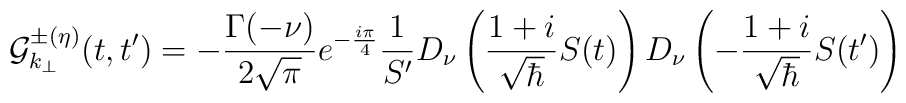
{\cal{G}}_{k_\perp}^{\pm(\eta)}(t,t^\prime) = - {\Gamma(-\nu) \over 2  \sqrt{\pi}} e^{-{i  \pi \over 4}} {1 \over S^\prime} D_\nu \left( {1+i \over \sqrt{\hbar}}  S(t) \right) D_\nu \left( - {1+i \over \sqrt{\hbar}} S(t^\prime) \right)